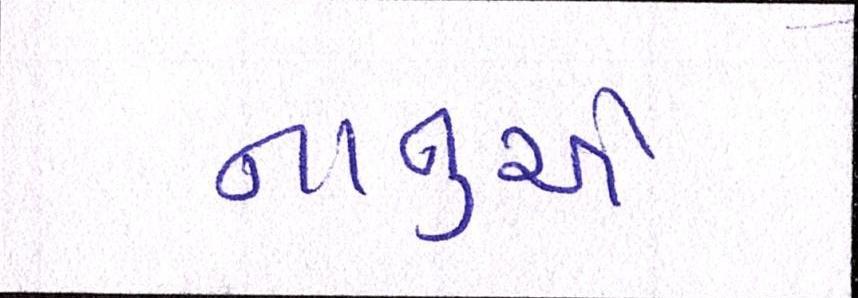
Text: નાનુએ